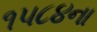
૧૫૮૪ના